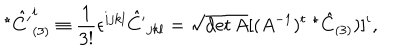
LaTeX: ^ \star \hat { C ^ { \prime } } _ { ( 3 ) } ^ { i } \equiv \frac { 1 } { 3 ! } \epsilon ^ { i j k l } \hat { C ^ { \prime } } _ { j k l } = \sqrt { \det A } [ ( A ^ { - 1 } ) ^ { t } \; ^ { \star } \hat { C } _ { ( 3 ) } ) ] ^ { i } ,